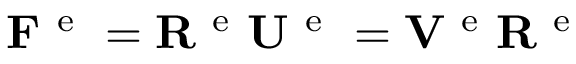
{ \bf F } ^ { \mathrm { ~ e ~ } } = { \bf R } ^ { \mathrm { ~ e ~ } } { \bf U } ^ { \mathrm { ~ e ~ } } = { \bf V } ^ { \mathrm { ~ e ~ } } { \bf R } ^ { \mathrm { ~ e ~ } }